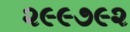
૨૯૯૭૯૨